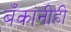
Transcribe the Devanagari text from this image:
बँकांनीही